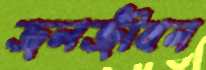
জলজীবন